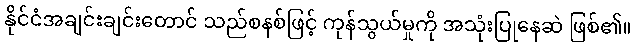
နိုင်ငံအချင်းချင်းတောင် သည်စနစ်ဖြင့် ကုန်သွယ်မှုကို အသုံးပြုနေဆဲ ဖြစ်၏။